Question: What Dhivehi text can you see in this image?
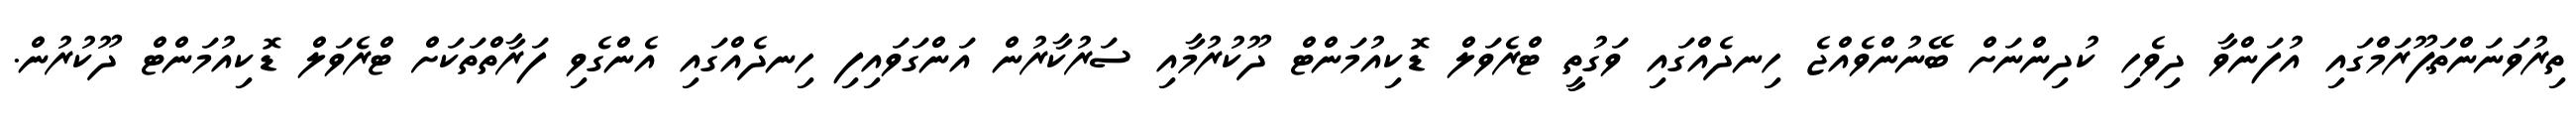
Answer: ތިރުވަނަންތަޕޫރަމްގައި އުފަންވާ ދިވެހި ކުދިންނަށް ބޭނުންވެއްޖެ ހިނދެއްގައި ވަގުތީ ޓްރެވަލް ޑޮކިއުމަންޓް ދޫކުރުމާއި ސަރުކާރުން އަންގަވައިފި ހިނދެއްގައި އެންގެވި ފަރާތްތަކަށް ޓްރެވަލް ޑޮކިއުމަންޓް ދޫކުރުން.